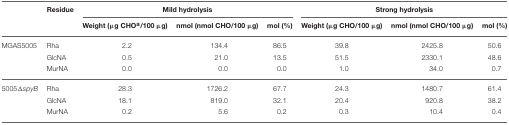
|  | Residue | <COLSPAN=3> Mild hydrolysis | <COLSPAN=3> Strong hydrolysis |
 |  |  | Weight (μg CHOa/100 μg) | nmol (nmol CHO/100 μg) | mol (%) | Weight (μg CHO/100 μg) | nmol (nmol CHO/100 μg) | mol (%) |
 | --- | --- | --- | --- | --- | --- | --- | --- |
 | MGAS5005 | Rha | 2.2 | 134.4 | 86.5 | 39.8 | 2425.8 | 50.6 |
 |  | GlcNA | 0.5 | 21.0 | 13.5 | 51.5 | 2330.1 | 48.6 |
 |  | MurNA | 0.0 | 0.0 | 0.0 | 1.0 | 34.0 | 0.7 |
 | 5005ΔspyB | Rha | 28.3 | 1726.2 | 67.7 | 24.3 | 1480.7 | 61.4 |
 |  | GlcNA | 18.1 | 819.0 | 32.1 | 20.4 | 920.8 | 38.2 |
 |  | MurNA | 0.2 | 5.6 | 0.2 | 0.3 | 10.4 | 0.4 |